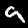
Label: 9